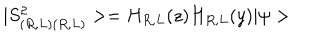
| S _ { ( R , L ) ( R , L ) } ^ { 2 } > = H _ { R , L } ( z ) H _ { R , L } ( y ) | \psi >